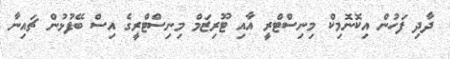
ދާދި ފަހުން އިކޮނޮމިކް މިނިސްޓްރީ އާއި ޓޫރިޒަމް މިނިސްޓްރީގެ އިސް ބޭފުޅުން ޗައިނާ